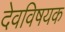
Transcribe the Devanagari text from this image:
देवविषयक